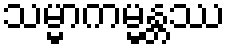
သမ္မာကမ္မန္တဿ